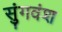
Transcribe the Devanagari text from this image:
सुंगवंश